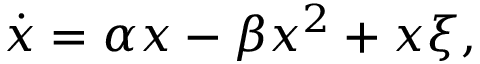
\dot { x } = \alpha x - \beta x ^ { 2 } + x \xi ,